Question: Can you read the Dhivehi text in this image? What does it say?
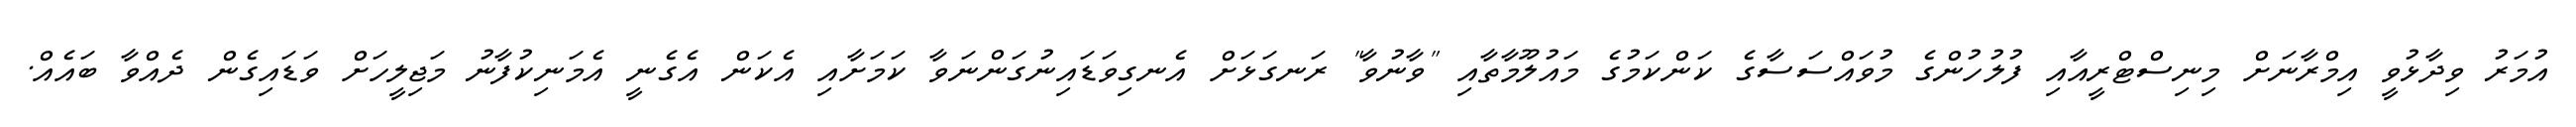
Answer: އުމަރު ވިދާޅުވީ އިމްރާނަށް މިނިސްޓްރީއާއި ފުލުހުންގެ މުވައްސަސާގެ ކަންކަމުގެ މައުލޫމާތާއި "ވާނުވާ" ރަނގަޅަށް އެނގިވަޑައިނުގަންނަވާ ކަމަށާއި އެކަން އެގެނީ އެމަނިކުފާނު މަޖިލީހަށް ވަޑައިގެން ދެއްވާ ބައެއް.